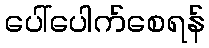
ပေါ်ပေါက်စေရန်